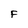
Character: F